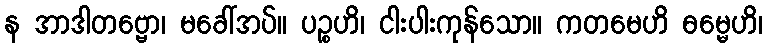
န အာဒါတဗ္ဗော၊ မခေါ်အပ်။ ပဉ္စဟိ၊ ငါးပါးကုန်သော။ ကတမေဟိ ဓမ္မေဟိ၊